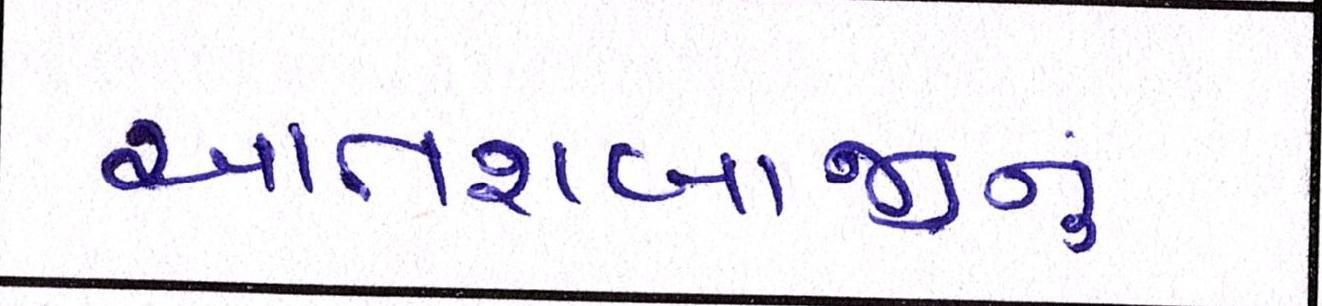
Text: આતશબાજીનું